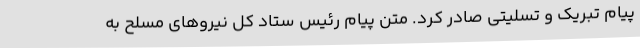
پیام تبریک و تسلیتی صادر کرد. متن پیام رئیس ستاد کل نیروهای مسلح به